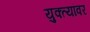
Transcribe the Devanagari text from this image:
युक्त्यांवर